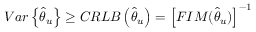
\begin{array} { r } { V a r \left\{ \hat { \theta } _ { u } \right\} \geq C R L B \left( \hat { \theta } _ { u } \right) = \left[ F I M ( \hat { \theta } _ { u } ) \right] ^ { - 1 } } \end{array}